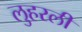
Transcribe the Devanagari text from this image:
लुहरली